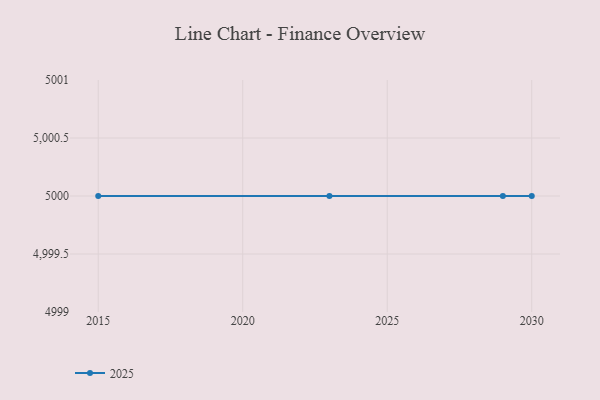
{"axis": {"x": "Year", "y": "Active Users"}, "legend": ["2025"], "data": [{"x": "2029", "y": 5000, "type": "2025"}, {"x": "2030", "y": 5000, "type": "2025"}, {"x": "2015", "y": 5000, "type": "2025"}, {"x": "2023", "y": 5000, "type": "2025"}]}